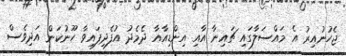
ޖެހުނުއިރު އެ މައްސަލާގައި ޗައިނާ އާއި އިންޑިއާއާ ދެމެދު އުފެދިފައިވާ ހޫނުކަން އަދިވެސް